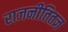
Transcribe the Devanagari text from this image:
राजनीतितज्ञ